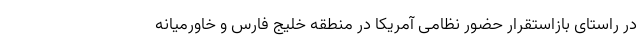
در راستای بازاستقرار حضور نظامی آمریکا در منطقه خلیج فارس و خاورمیانه